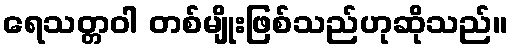
ရေသတ္တဝါ တစ်မျိုးဖြစ်သည်ဟုဆိုသည်။